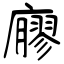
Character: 廫